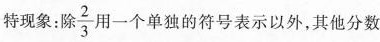
特现象：除 \frac{2}{3}用一个单独的符号表示以外，其他分数